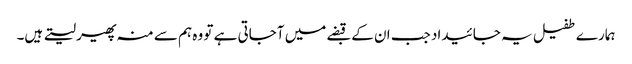
ہمارے طفیل یہ جائیداد جب ان کے قبضے میں آجاتی ہے تو وہ ہم سے منہ پھیر لیتے ہیں۔